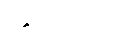
ဌပေယျာမာတိ